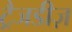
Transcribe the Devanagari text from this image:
ट्रैजडीज़